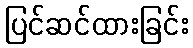
ပြင်ဆင်ထားခြင်း